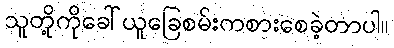
သူတို့ကိုခေါ်ယူခြေစမ်းကစားစေခဲ့တာပါ။